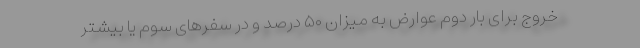
خروج برای بار دوم عوارض به میزان ۵۰ درصد و در سفرهای سوم یا بیشتر